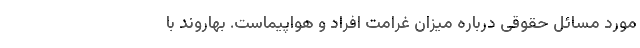
مورد مسائل حقوقی درباره میزان غرامت افراد و هواپیماست. بهاروند با